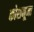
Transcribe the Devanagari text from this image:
कोशनूमा